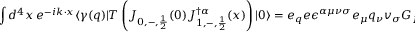
\int d ^ { 4 } x \; e ^ { - i k \cdot x } \langle \gamma ( q ) | T \left( J _ { 0 , - , \frac { 1 } { 2 } } ( 0 ) J _ { 1 , - , \frac { 1 } { 2 } } ^ { \dagger \alpha } ( x ) \right) | 0 \rangle = e _ { q } e \epsilon ^ { \alpha \mu \nu \sigma } e _ { \mu } q _ { \nu } v _ { \sigma } G _ { B ^ { * } B } ( \omega , \omega ^ { \prime } ) \; ,